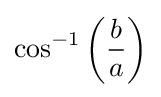
\cos ^{-1}\left({\frac {b}{a}}\right)